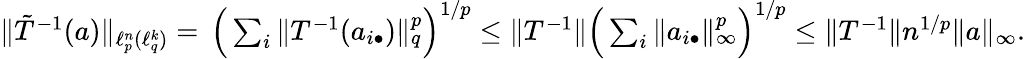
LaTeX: \begin{array}{r}{\| \tilde{T}^{-1}(a)\| _{\ell_{p}^{n}(\ell_{q}^{k})}=\, \Big(\sum_{i}\| T^{-1}(a_{i\bullet})\| _{q}^{p}\Big)^{1/p}\le\| T^{-1}\| \Big(\sum_{i}\| a_{i\bullet}\| _{\infty}^{p}\Big)^{1/p}\le\| T^{-1}\| n^{1/p}\| a\| _{\infty}.}\end{array}